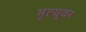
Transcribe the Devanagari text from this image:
मृत्‍यूवर